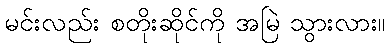
မင်းလည်း စတိုးဆိုင်ကို အမြဲ သွားလား။